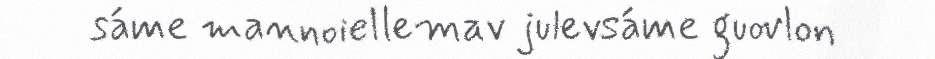
sáme mannoiellemav julevsáme guovlon